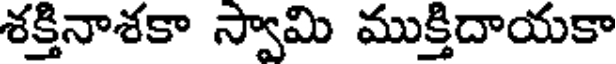
శక్తినాశకా స్వామి ముక్తిదాయకా